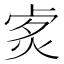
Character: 𤈭